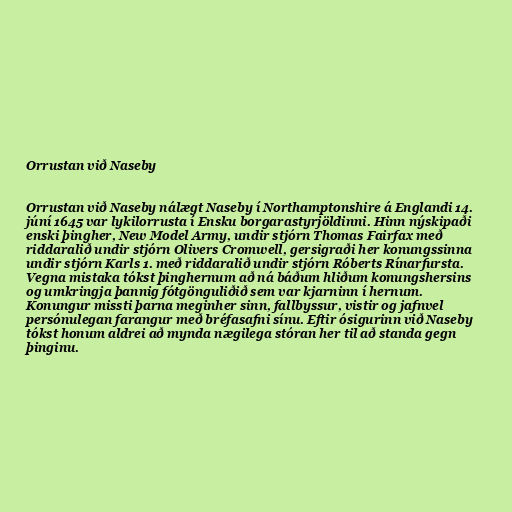
Orrustan við Naseby

Orrustan við Naseby nálægt Naseby í Northamptonshire á Englandi 14.
júní 1645 var lykilorrusta í Ensku borgarastyrjöldinni. Hinn nýskipaði
enski þingher, New Model Army, undir stjórn Thomas Fairfax með
riddaralið undir stjórn Olivers Cromwell, gersigraði her konungssinna
undir stjórn Karls 1. með riddaralið undir stjórn Róberts Rínarfursta.
Vegna mistaka tókst þinghernum að ná báðum hliðum konungshersins
og umkringja þannig fótgönguliðið sem var kjarninn í hernum.
Konungur missti þarna meginher sinn, fallbyssur, vistir og jafnvel
persónulegan farangur með bréfasafni sínu. Eftir ósigurinn við Naseby
tókst honum aldrei að mynda nægilega stóran her til að standa gegn
þinginu.